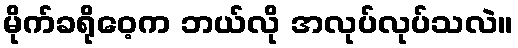
မိုက်ခရိုဝေ့က ဘယ်လို အလုပ်လုပ်သလဲ။